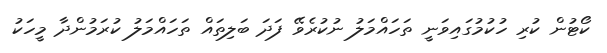
ކޯޓުން ކުރި ހުކުމުގައިވަނީ ތަހައްމަލު ނުކުރެވޭ ފަދަ ބަލިތައް ތަހައްމަލު ކުރަމުންދާ މީހަކު